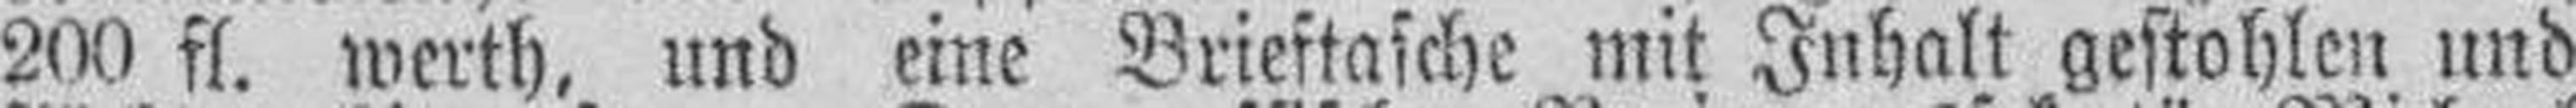
200 fl. werth, und eine Brieftasche mit Inhalt gestohlen und